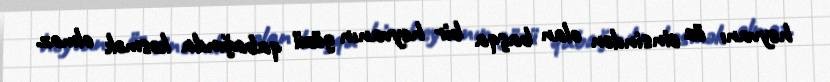
heyvanı öz cinsindən olan başqa bir heyvanın gözü qabağında kəsmək olmaz.